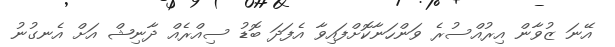
އޭނަ ޒުވާން އިރުއްސުރެ ވަންހަނާކޮށްފައިވާ އެފަދަ ބޮޑު ސިއްރެއް ދާނިޝް އަށް އެނގުނު